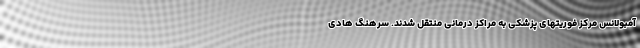
آمبولانس مرکز فوریتهای پزشکی به مراکز درمانی منتقل شدند. سرهنگ هادی